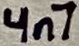
Text: 4n7